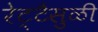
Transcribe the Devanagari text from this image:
रेट्टैसुळी